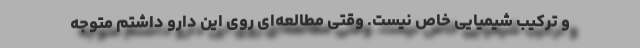
و ترکیب شیمیایی خاص نیست. وقتی مطالعه‌ای روی این دارو داشتم متوجه